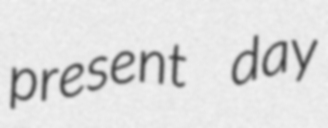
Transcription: present day